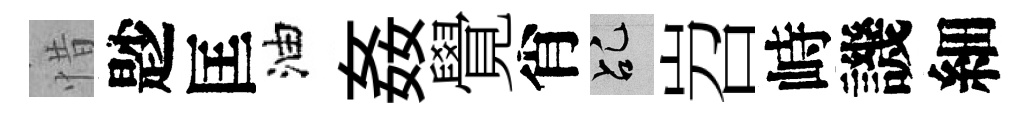
惜尟匡油姦覺肖乩岧峙譏細